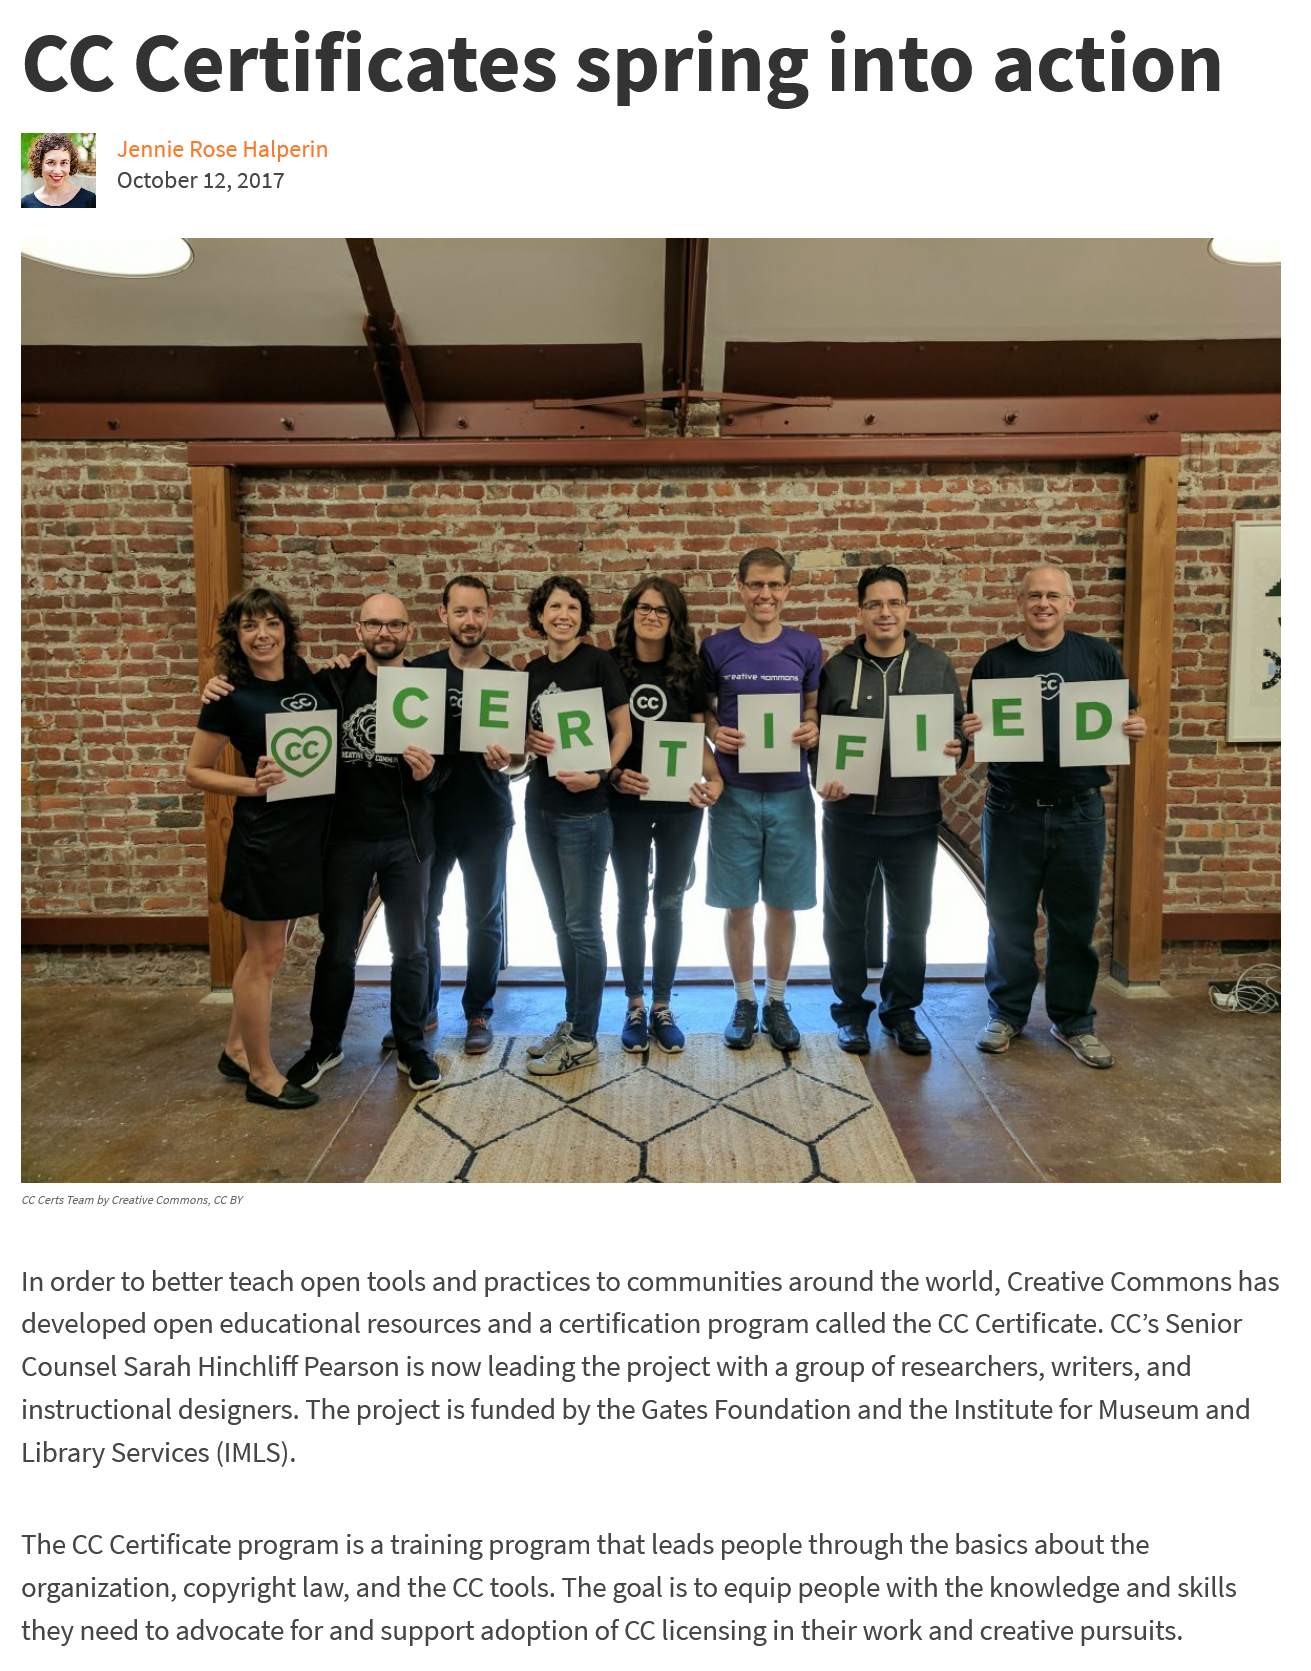
CC    Certificates    spring    into    action
     Jennie Rose Halperin
     October 12, 2017
  CC Certs Team by Creative Commons, CC BY
  In order to better teach open tools and practices to communities around the world, Creative Commons has
  developed open educational resources and
  a
     certification program called the CC Certificate. CC’s Senior
  Counsel Sarah Hinchliff Pearson is now leading the project with a group of researchers, writers, and
  instructional designers. The project is funded by the Gates Foundation and the Institute for Museum and
  Library Services (IMLS).
  The CC Certificate program is a training program that leads people through the basics about the
  organization, copyright law, and the CC tools. The goal is to equip people with the knowledge and skills
  they need to advocate for and support adoption of CC licensing in their work and creative pursuits.